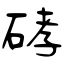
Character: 硣